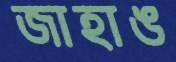
জাহাঙ